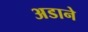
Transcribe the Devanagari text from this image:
अडाने